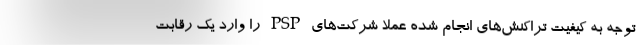
توجه به کیفیت تراکنش‌های انجام شده عملا شرکت‌های PSP را وارد یک رقابت